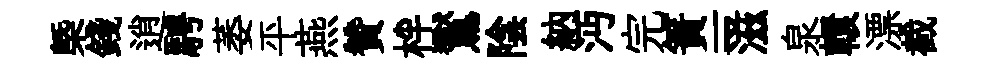
㮣錢逍騁萎平燕贊柈鸑陰納沔完簀一-滋泉轘漂截